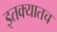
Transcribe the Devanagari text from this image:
इतक्यातच